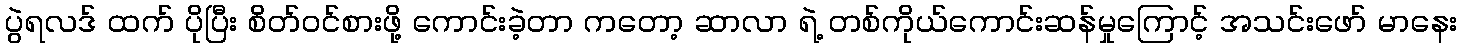
ပွဲရလဒ် ထက် ပိုပြီး စိတ်ဝင်စားဖို့ ကောင်းခဲ့တာ ကတော့ ဆာလာ ရဲ့ တစ်ကိုယ်ကောင်းဆန်မှုကြောင့် အသင်းဖော် မာနေး